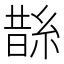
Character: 𦁬